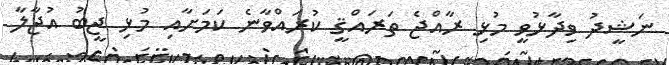
ނަޝީދު ވިދާޅުވީ މުޅި ރާއްޖެ ތަރައްޤީ ކުރައްވާނެ ކަމަށާއި މުޅި ޖީބު އުޖާލާ